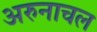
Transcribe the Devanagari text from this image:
अरुनाचल